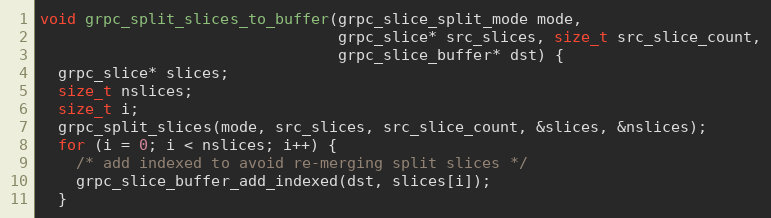
Language: C++
void grpc_split_slices_to_buffer(grpc_slice_split_mode mode,
                                 grpc_slice* src_slices, size_t src_slice_count,
                                 grpc_slice_buffer* dst) {
  grpc_slice* slices;
  size_t nslices;
  size_t i;
  grpc_split_slices(mode, src_slices, src_slice_count, &slices, &nslices);
  for (i = 0; i < nslices; i++) {
    /* add indexed to avoid re-merging split slices */
    grpc_slice_buffer_add_indexed(dst, slices[i]);
  }